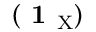
( \textbf { 1 } _ { \mathrm { X } } )